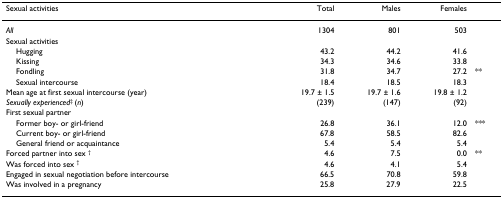
<table><thead><tr><td><b>Sexual activities</b></td><td><b>Total</b></td><td><b>Males</b></td><td><b>Females</b></td><td></td></tr></thead><tbody><tr><td><i>All</i></td><td>1304</td><td>801</td><td>503</td><td></td></tr><tr><td>Sexual activities</td><td></td><td></td><td></td><td></td></tr><tr><td> Hugging</td><td>43.2</td><td>44.2</td><td>41.6</td><td></td></tr><tr><td> Kissing</td><td>34.3</td><td>34.6</td><td>33.8</td><td></td></tr><tr><td> Fondling</td><td>31.8</td><td>34.7</td><td>27.2</td><td>**</td></tr><tr><td> Sexual intercourse</td><td>18.4</td><td>18.5</td><td>18.3</td><td></td></tr><tr><td>Mean age at first sexual intercourse (year)</td><td>19.7 ± 1.5</td><td>19.7 ± 1.6</td><td>19.8 ± 1.2</td><td></td></tr><tr><td><i>Sexually experienced</i><sup>‡ </sup>(<i>n</i>)</td><td>(239)</td><td>(147)</td><td>(92)</td><td></td></tr><tr><td>First sexual partner</td><td></td><td></td><td></td><td></td></tr><tr><td> Former boy- or girl-friend</td><td>26.8</td><td>36.1</td><td>12.0</td><td>***</td></tr><tr><td> Current boy- or girl-friend</td><td>67.8</td><td>58.5</td><td>82.6</td><td></td></tr><tr><td> General friend or acquaintance</td><td>5.4</td><td>5.4</td><td>5.4</td><td></td></tr><tr><td>Forced partner into sex <sup>†</sup></td><td>4.6</td><td>7.5</td><td>0.0</td><td>**</td></tr><tr><td>Was forced into sex <sup>†</sup></td><td>4.6</td><td>4.1</td><td>5.4</td><td></td></tr><tr><td>Engaged in sexual negotiation before intercourse</td><td>66.5</td><td>70.8</td><td>59.8</td><td></td></tr><tr><td>Was involved in a pregnancy</td><td>25.8</td><td>27.9</td><td>22.5</td><td></td></tr></tbody></table>